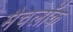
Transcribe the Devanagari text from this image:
मैचलॉक